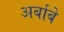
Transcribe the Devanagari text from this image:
अर्बाबे